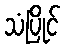
သံပြိုင်